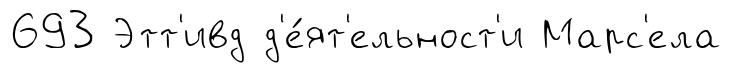
693 Этт'ивд д'е́ят'ельност'и Марс'ела